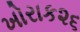
ખોરાક૨૬